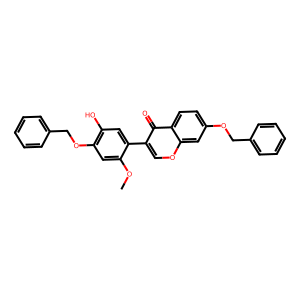
SMILES: COc1cc(OCc2ccccc2)c(O)cc1-c1coc2cc(OCc3ccccc3)ccc2c1=O
Inhibits HIV replication: No